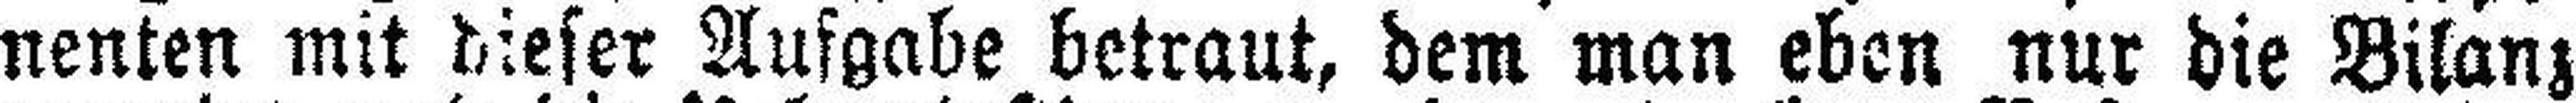
nenten mit dieser Aufgabe betraut, dem man eben nur die Bilanz